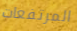
المرتفعات